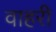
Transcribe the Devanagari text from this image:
वाहरी